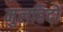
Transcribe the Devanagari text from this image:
मुलहिदों